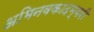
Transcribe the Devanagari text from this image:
अभिनवकादम्बरी